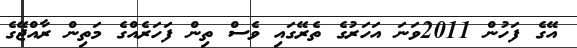
އޭގެ ފަހުން 2011ވަނަ އަހަރުގެ ތެރޭގައި ވެސް ތިން ފަހަރެއްގެ މަތިން ރާއްޖޭގެ